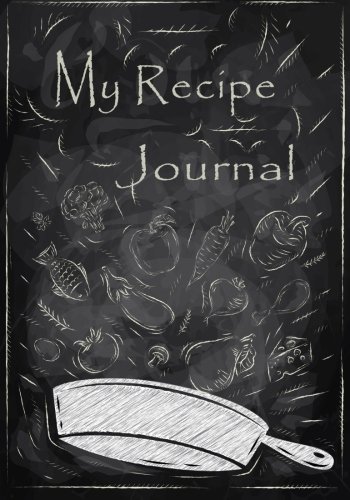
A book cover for My Recipe Journal: Blank Cookbook, 7 x 10, 111 Pages; My Recipe Journal; Cookbooks, Food & Wine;